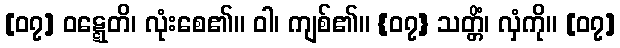
[၀၇] ဝဋ္ဋေတိ၊ လုံးစေ၏။ ဝါ၊ ကျစ်၏။ {၀၇} သတ္တိံ၊ လှံကို။ [၀၇]